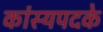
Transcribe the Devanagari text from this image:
कांस्यपदके